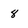
Character: 8